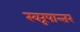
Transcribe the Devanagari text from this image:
स्वरूपान्तर